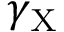
\gamma _ { \mathrm { { X } } }